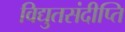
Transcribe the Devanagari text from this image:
विद्युतसंदीप्ति